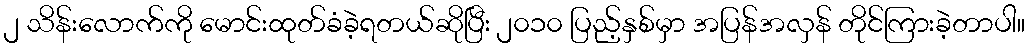
၂ သိန်းလောက်ကို မောင်းထုတ်ခံခဲ့ရတယ်ဆိုပြီး ၂၀၁၀ ပြည့်နှစ်မှာ အပြန်အလှန် တိုင်ကြားခဲ့တာပါ။